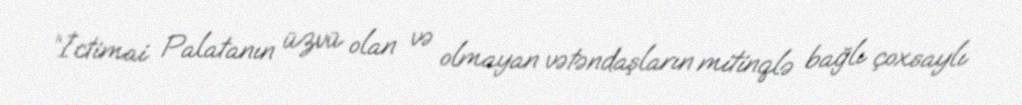
“İctimai Palatanın üzvü olan və olmayan vətəndaşların mitinqlə bağlı çoxsaylı